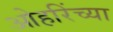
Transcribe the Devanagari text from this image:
ओहरिंच्या